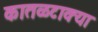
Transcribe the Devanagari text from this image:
कातळटाक्या